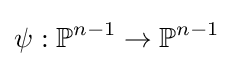
\psi :\mathbb {P} ^{n-1}\to \mathbb {P} ^{n-1}